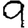
Digit: 9